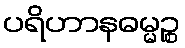
ပရိဟာနဓမ္မဉ္စ